Plague in India, 1896, 1897 - Volume 1
Year: 1896
Disease focus: Plague
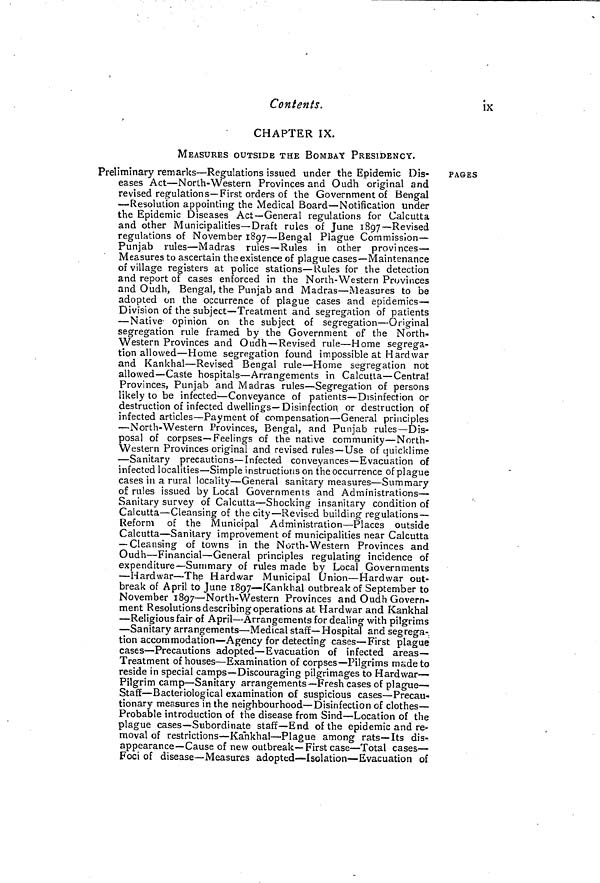
Contents.
ix
CHAPTER IX.
MEASURES OUTSIDE THE BOMBAY PRESIDENCY.
Preliminary remarks—Regulations issued under the Epidemic Dis-
eases Act—North- Western Provinces and Oudh original and
revised regulations— First orders of the Government of Bengal
— Resolution appointing the Medical Board—Notification under
the Epidemic Diseases Act—General regulations for Calcutta
and other Municipalities— Draft rules of June 1897—Revised
regulations of November 1897—Bengal Plague Commission —
Punjab rules—Madras rules—Rules in other provinces—
Measures to ascertain the existence of plague cases—Maintenance
or village registers at police stations—Rules for the detection
and report of cases enforced in the North-Western Provinces
and Oudh, Bengal, the Punjab and Madras—Measures to be
adopted on the occurrence of plague cases and epidemics-
Division of the subject—Treatment and segregation of patients
— Native opinion on the subject of segregation—Original
segregation rule framed by the Government of the North-
Western Provinces and Oudh— Revised rule—Home segrega-
tion allowed—Home segregation found impossible at Hard war
and Kankhal—Revised Bengal rule—Home segregation not
allowed—Caste hospitals—Arrangements in Calcutta—Centra!
Provinces, Punjab and Madras rules—Segregation of persons
likely to be infected—Conveyance of patients—Disinfection or
destruction of infected dwellings— Disinfection or destruction of
infected articles—Payment of compensation—General principles
—North-Western Provinces, Bengal, and Punjab rules—Dis-
posal of corpses—Feelings of the native community—North-
Western Provinces original and revised rules—Use of quicklime
—Sanitary precautions—Infected conveyances—Evacuation of
infected localities—Simple instructions on the occurrence of plague
cases in a rural locality—General sanitary measures—Summary
of rules issued by Local Governments and Administrations—
Sanitary survey of Calcutta—Shocking insanitary condition of
Calcutta—Cleansing of the city—Revised building regulations—
Reform of the Municipal Administration—Places outside
Calcutta—Sanitary improvement of municipalities near Calcutta
— Cleansing of towns in the North-Western Provinces and
Oudh—Financial—General principles regulating incidence of
expenditure—Summary of rules made by Local Governments
—Hardwar—The Hardwar Municipal Union—Hardwar out-
break of April to June 1897—Kanlchal outbreak of September to
November 1897—North-Western Provinces and Oudh Govern-
ment Resolutions describing operations at Hardwar and Kankhal
—Religious fair of April—Arrangements for dealing with pilgrims
—Sanitary arrangements—Medical staff—Hospital and segrega-
tion accommodation—Agency for detecting cases—First plague
cases—Precautions adopted—Evacuation of infected areas—
Treatment of houses—Examination of corpses—Pilgrims made to
reside in special camps—Discouraging pilgrimages to Hardwar—
Pilgrim camp—Sanitary arrangements—Fresh cases of plague-
Staff—Bacteriological examination of suspicious cases—Precau-
tionary measures in the neighbourhood—Disinfection of clothes—
Probable introduction of the disease from Sind—Location of the
plague cases— Subordinate staff—End of the epidemic and re-
moval of restrictions—Kankhal—Plague among rats—Its dis-
appearance—Cause of new outbreak—First case—Total cases—
Foci of disease—Measures adopted—Isolation—Evacuation of
PAGES